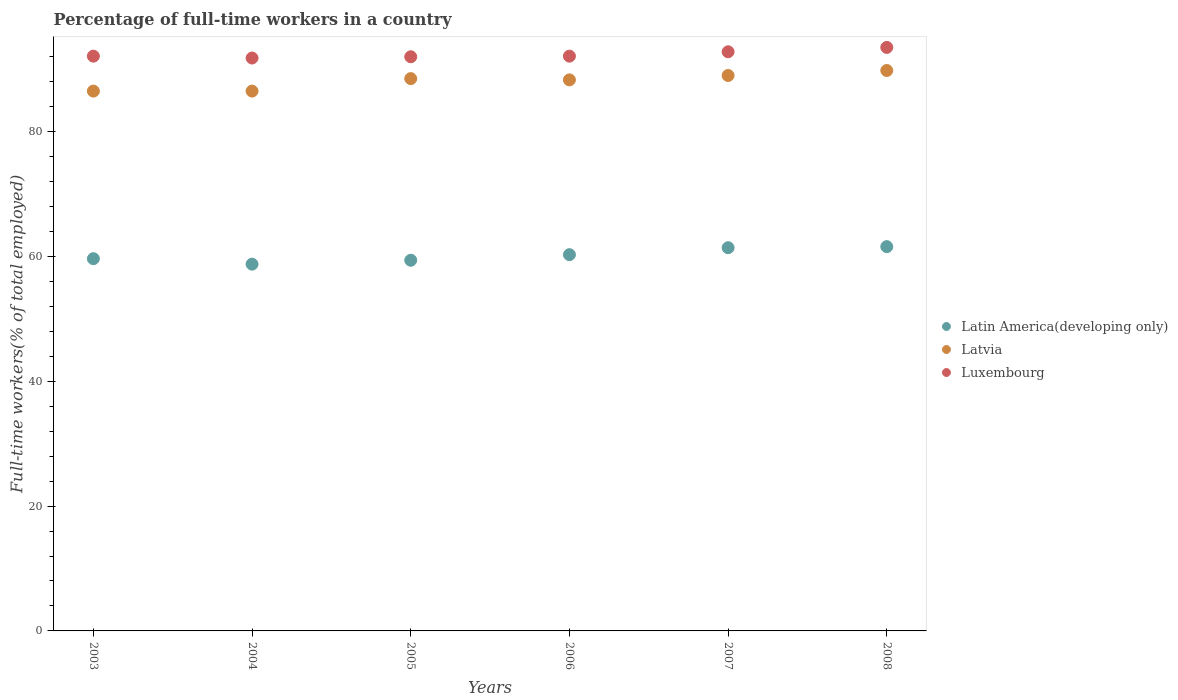
| Years | Latin America(developing only) | Latvia | Luxembourg |
 | --- | --- | --- | --- |
 | 2003 | 59.6 | 86.5 | 92.1 |
 | 2004 | 58.8 | 86.5 | 91.8 |
 | 2005 | 59.4 | 88.5 | 92 |
 | 2006 | 60.3 | 88.3 | 92.1 |
 | 2007 | 61.4 | 89 | 92.8 |
 | 2008 | 61.6 | 89.8 | 93.5 |